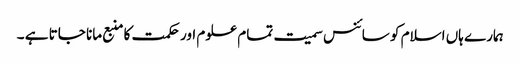
ہمارے ہاں اسلام کو سائنس سمیت تمام علوم اور حکمت کا منبع مانا جاتا ہے ۔